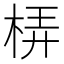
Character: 梇